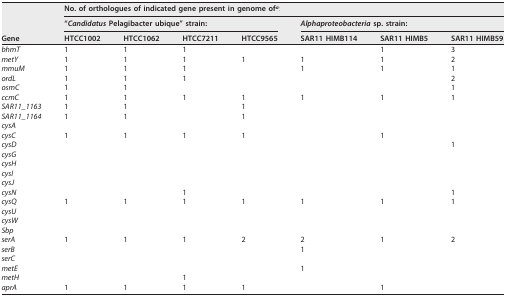
<table><thead><tr><td rowspan="3"><b>Gene</b></td><td colspan="7"><b>No. of orthologues of indicated gene present in genome of<sup>a</sup>:</b></td></tr><tr><td colspan="4"><b>“<i>Candidatus</i> Pelagibacter ubique” strain:</b></td><td colspan="3"><b><i>Alphaproteobacteria</i> sp. strain:</b></td></tr><tr><td><b>HTCC1002</b></td><td><b>HTCC1062</b></td><td><b>HTCC7211</b></td><td><b>HTCC9565</b></td><td><b>SAR11 HIMB114</b></td><td><b>SAR11 HIMB5</b></td><td><b>SAR11 HIMB59</b></td></tr></thead><tbody><tr><td><i>bhmT</i></td><td>1</td><td>1</td><td>1</td><td></td><td></td><td>1</td><td>3</td></tr><tr><td><i>metY</i></td><td>1</td><td>1</td><td>1</td><td>1</td><td>1</td><td>1</td><td>2</td></tr><tr><td><i>mmuM</i></td><td>1</td><td>1</td><td>1</td><td></td><td>1</td><td>1</td><td>1</td></tr><tr><td><i>ordL</i></td><td>1</td><td>1</td><td>1</td><td></td><td></td><td></td><td>2</td></tr><tr><td><i>osmC</i></td><td>1</td><td>1</td><td></td><td></td><td></td><td></td><td>1</td></tr><tr><td><i>ccmC</i></td><td>1</td><td>1</td><td>1</td><td>1</td><td>1</td><td>1</td><td>1</td></tr><tr><td><i>SAR11_1163</i></td><td>1</td><td>1</td><td></td><td>1</td><td></td><td></td><td></td></tr><tr><td><i>SAR11_1164</i></td><td>1</td><td>1</td><td></td><td>1</td><td></td><td></td><td></td></tr><tr><td><i>cysA</i></td><td></td><td></td><td></td><td></td><td></td><td></td><td></td></tr><tr><td><i>cysC</i></td><td>1</td><td>1</td><td>1</td><td>1</td><td></td><td>1</td><td></td></tr><tr><td><i>cysD</i></td><td></td><td></td><td></td><td></td><td></td><td></td><td>1</td></tr><tr><td><i>cysG</i></td><td></td><td></td><td></td><td></td><td></td><td></td><td></td></tr><tr><td><i>cysH</i></td><td></td><td></td><td></td><td></td><td></td><td></td><td></td></tr><tr><td><i>cysI</i></td><td></td><td></td><td></td><td></td><td></td><td></td><td></td></tr><tr><td><i>cysJ</i></td><td></td><td></td><td></td><td></td><td></td><td></td><td></td></tr><tr><td><i>cysN</i></td><td></td><td></td><td>1</td><td></td><td></td><td></td><td>1</td></tr><tr><td><i>cysQ</i></td><td>1</td><td>1</td><td>1</td><td>1</td><td>1</td><td>1</td><td>1</td></tr><tr><td><i>cysU</i></td><td></td><td></td><td></td><td></td><td></td><td></td><td></td></tr><tr><td><i>cysW</i></td><td></td><td></td><td></td><td></td><td></td><td></td><td></td></tr><tr><td><i>Sbp</i></td><td></td><td></td><td></td><td></td><td></td><td></td><td></td></tr><tr><td><i>serA</i></td><td>1</td><td>1</td><td>1</td><td>2</td><td>2</td><td>1</td><td>2</td></tr><tr><td><i>serB</i></td><td></td><td></td><td></td><td></td><td>1</td><td></td><td></td></tr><tr><td><i>serC</i></td><td></td><td></td><td></td><td></td><td></td><td></td><td></td></tr><tr><td><i>metE</i></td><td></td><td></td><td></td><td></td><td>1</td><td></td><td></td></tr><tr><td><i>metH</i></td><td></td><td></td><td>1</td><td></td><td></td><td></td><td></td></tr><tr><td><i>aprA</i></td><td>1</td><td>1</td><td>1</td><td>1</td><td></td><td>1</td><td></td></tr></tbody></table>